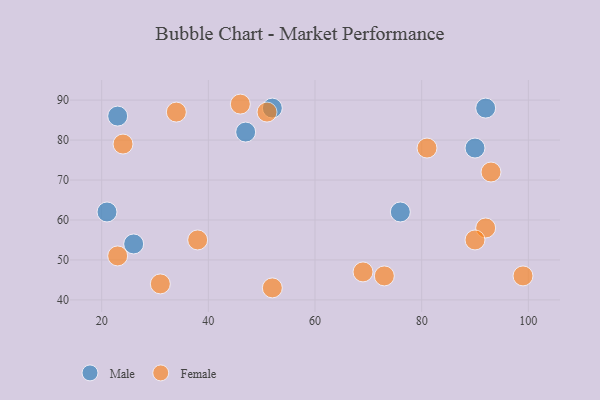
{"axis": {"x": "GDP", "y": "Life Expectancy"}, "legend": ["Female", "Male"], "data": [{"x": "21", "y": 62, "type": "Male"}, {"x": "23", "y": 86, "type": "Male"}, {"x": "26", "y": 54, "type": "Male"}, {"x": "52", "y": 88, "type": "Male"}, {"x": "76", "y": 62, "type": "Male"}, {"x": "92", "y": 88, "type": "Male"}, {"x": "90", "y": 78, "type": "Male"}, {"x": "47", "y": 82, "type": "Male"}, {"x": "46", "y": 89, "type": "Female"}, {"x": "34", "y": 87, "type": "Female"}, {"x": "38", "y": 55, "type": "Female"}, {"x": "52", "y": 43, "type": "Female"}, {"x": "24", "y": 79, "type": "Female"}, {"x": "92", "y": 58, "type": "Female"}, {"x": "99", "y": 46, "type": "Female"}, {"x": "51", "y": 87, "type": "Female"}, {"x": "69", "y": 47, "type": "Female"}, {"x": "23", "y": 51, "type": "Female"}, {"x": "93", "y": 72, "type": "Female"}, {"x": "90", "y": 55, "type": "Female"}, {"x": "31", "y": 44, "type": "Female"}, {"x": "81", "y": 78, "type": "Female"}, {"x": "73", "y": 46, "type": "Female"}]}